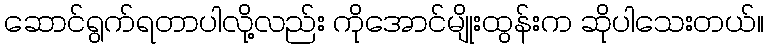
ဆောင်ရွက်ရတာပါလို့လည်း ကိုအောင်မျိုးထွန်းက ဆိုပါသေးတယ်။